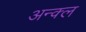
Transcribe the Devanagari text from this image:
अन्क्ल